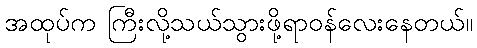
အထုပ်က ကြီးလို့သယ်သွားဖို့ရာဝန်လေးနေတယ်။